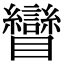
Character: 矕